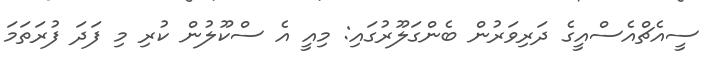
ސީއެޗްއެސްއީގެ ދަރިވަރުން ބެންގަލޫރުގައި: މިއީ އެ ސްކޫލުން ކުރި މި ފަދަ ފުރަތަމަ